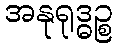
အနုရုဒ္ဓဉ္စ